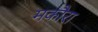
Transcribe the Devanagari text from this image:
मकौरा